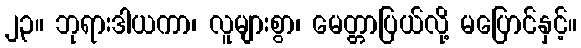
၂၃။ ဘုရားဒါယကာ၊ လူများစွာ၊ မေတ္တာပြယ်လို့ မပြောင်နှင့်။